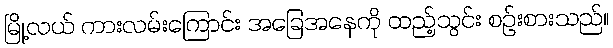
မြို့လယ် ကားလမ်းကြောင်း အခြေအနေကို ထည့်သွင်း စဉ်းစားသည်။